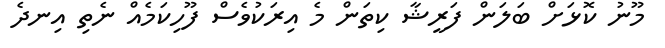
މޫނު ކޮޅަށް ބަލަން ފަރީޝާ ކިތަން މެ އިރަކުވެސް ފޫހިކަމެއް ނެތި އިނދެ